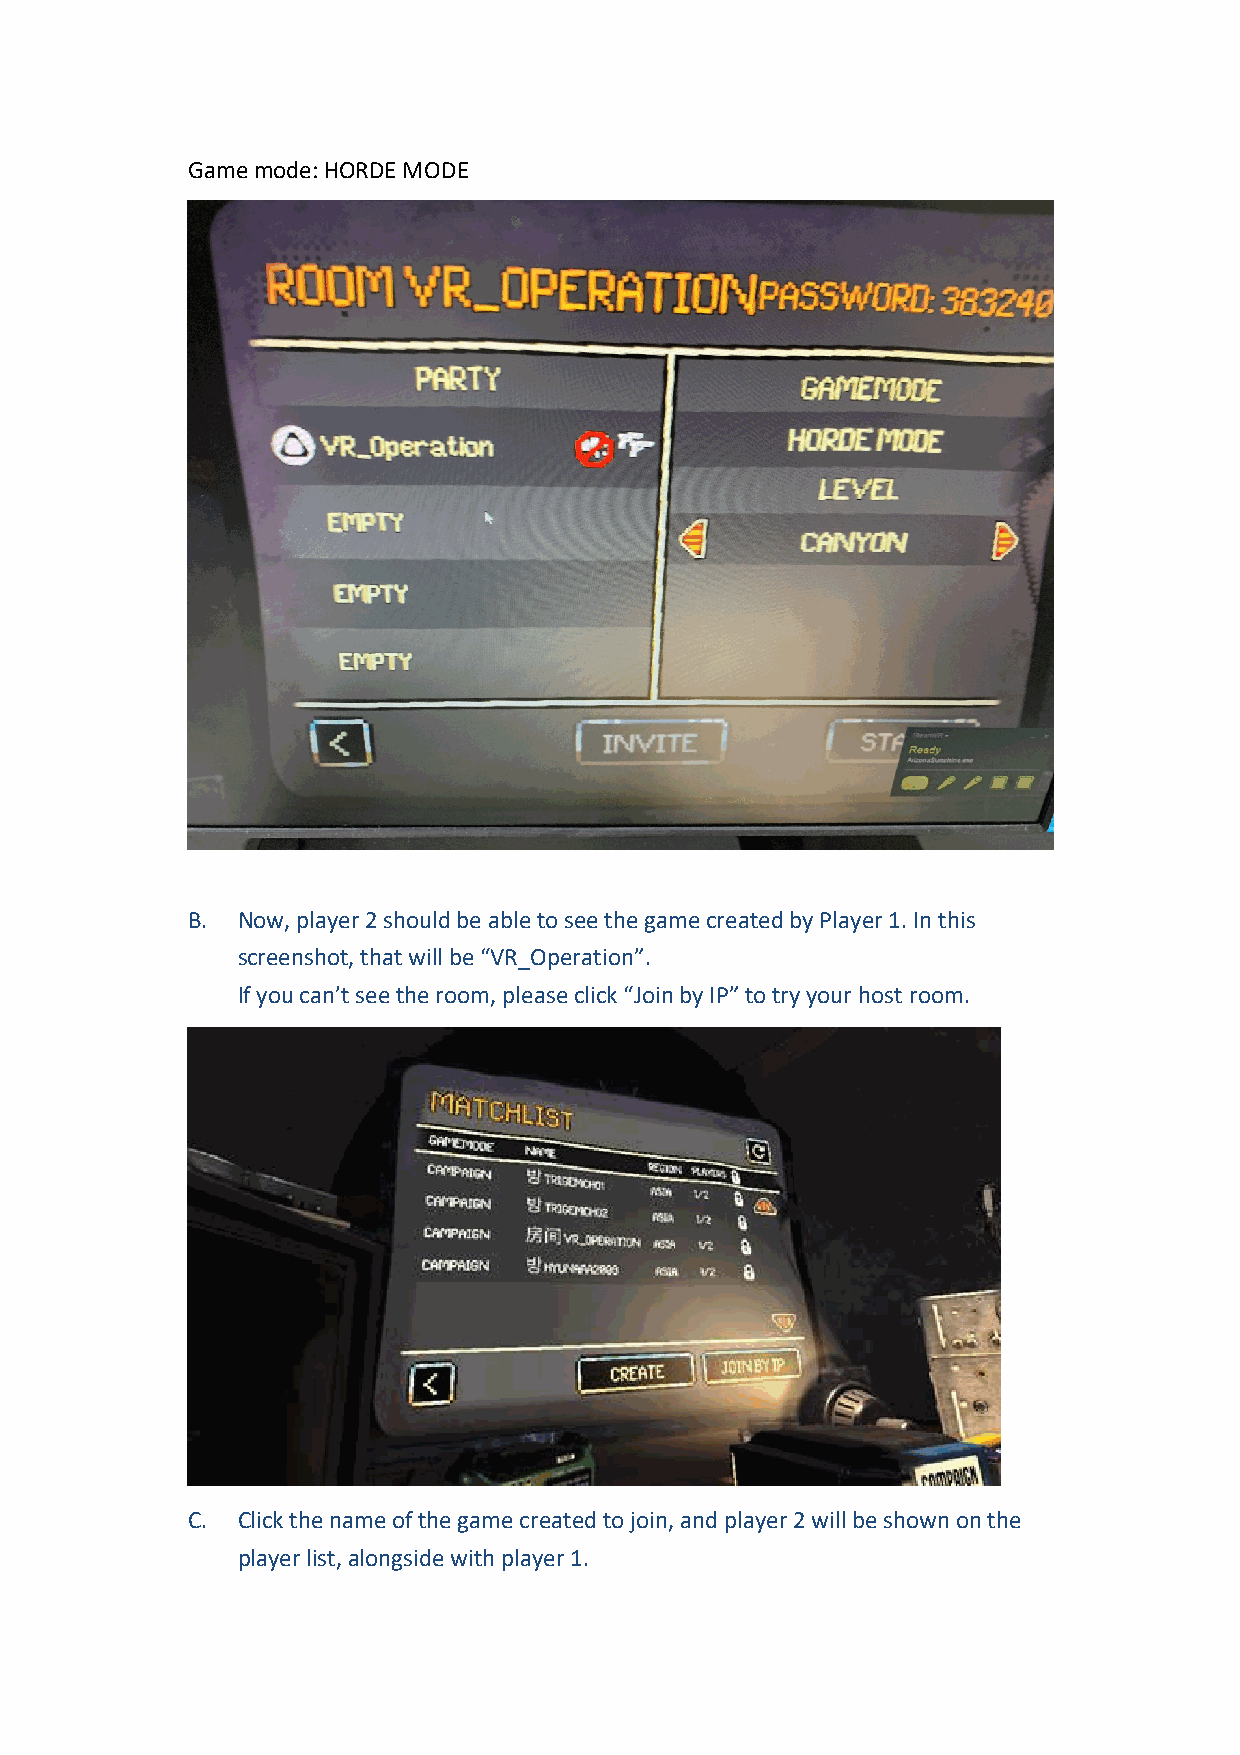
Game mode: HORDE MODE
 B.  Now, player 2 should be able to see the game created by Player 1. In this
 screenshot, that will be “VR_Operation”.
 If you can’t see the room, please click “Join by IP” to try your host room.
 C.  Click the name of the game created to join, and player 2 will be shown on the
 player list, alongside with player 1.